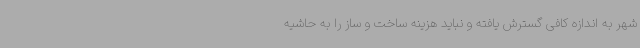
شهر به اندازه کافی گسترش یافته و نباید هزینه ساخت و ساز را به حاشیه